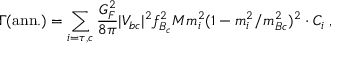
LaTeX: \Gamma \mathrm { ( a n n . ) } = \sum _ { i = \tau , c } \frac { G _ { F } ^ { 2 } } { 8 \pi } | V _ { b c } | ^ { 2 } f _ { B _ { c } } ^ { 2 } M m _ { i } ^ { 2 } ( 1 - m _ { i } ^ { 2 } / m _ { B c } ^ { 2 } ) ^ { 2 } \cdot C _ { i } \; ,